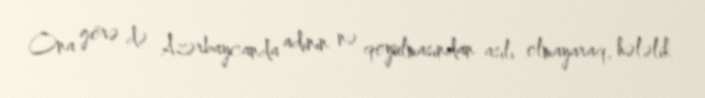
Ona görə də Azərbaycanda adının nə qoyulmasından asılı olmayaraq, hələlik